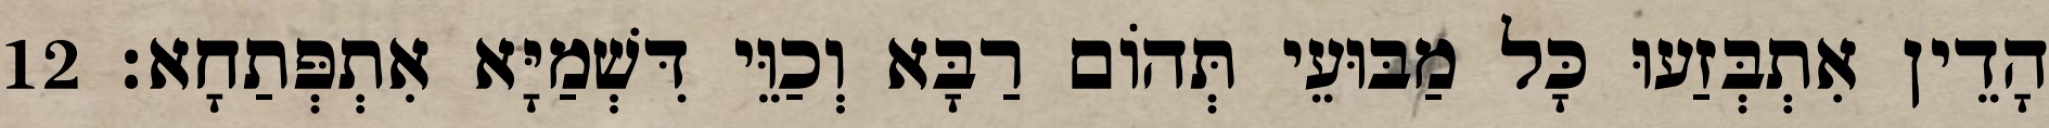
הָדֵין אִתְבְּזַעוּ כָּל מַבּוּעֵי תְּהוֹם רַבָּא וְכַוֵּי דִּשְׁמַיָּא אִתְפְּתַחָא׃ 12